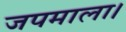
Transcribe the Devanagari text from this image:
जपमाला।